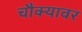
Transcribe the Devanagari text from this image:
चौक्यावर